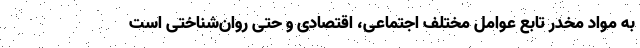
به مواد مخدر تابع عوامل مختلف اجتماعی، اقتصادی و حتی روان‌شناختی است